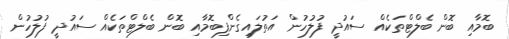
ބޮމާއި ބޮން ބެލްޓްތަކެއް ސައުދީ ފުލުހުން އަތުލައިގެންފިބޮމާއި ބޮން ބެލްޓްތަކެއް ސައުދީ ފުލުހުން